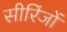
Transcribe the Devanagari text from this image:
सीरिंजों